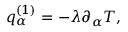
\begin{array} { r } { q _ { \alpha } ^ { ( 1 ) } = - \lambda \partial _ { \alpha } T , } \end{array}